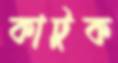
কাটুক